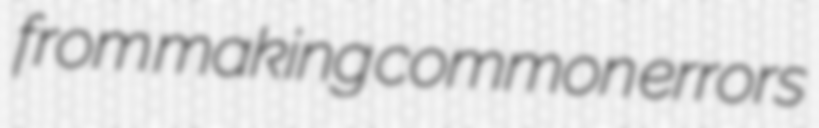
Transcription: from making common errors